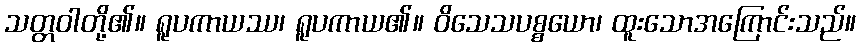
သတ္တဝါတို့၏။ ရူပကာယဿ၊ ရူပကာယ၏။ ဝိသေသပစ္စယော၊ ထူးသောအကြောင်းသည်။